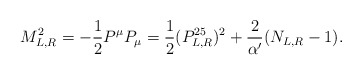
\begin{align*}M^2_{L,R}=-\frac{1}{2}P^\mu P_\mu =\frac{1}{2}(P^{25}_{L,R})^2+\frac{2}{\alpha '}(N_{L,R}-1).\end{align*}